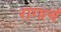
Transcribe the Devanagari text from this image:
रागाचं